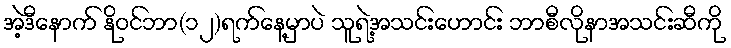
အဲ့ဒီနောက် နိုဝင်ဘာ(၁၂)ရက်နေ့မှာပဲ သူရဲ့အသင်းဟောင်း ဘာစီလိုနာအသင်းဆီကို